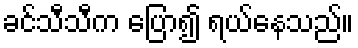
ခင်သီသီက ပြော၍ ရယ်နေသည်။